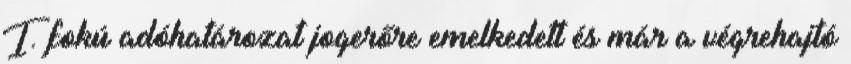
I. fokú adóhatározat jogerőre emelkedett és már a végrehajtó